Vaccination in Bombay 1874-1876 - 1874-1876
Year: 1874
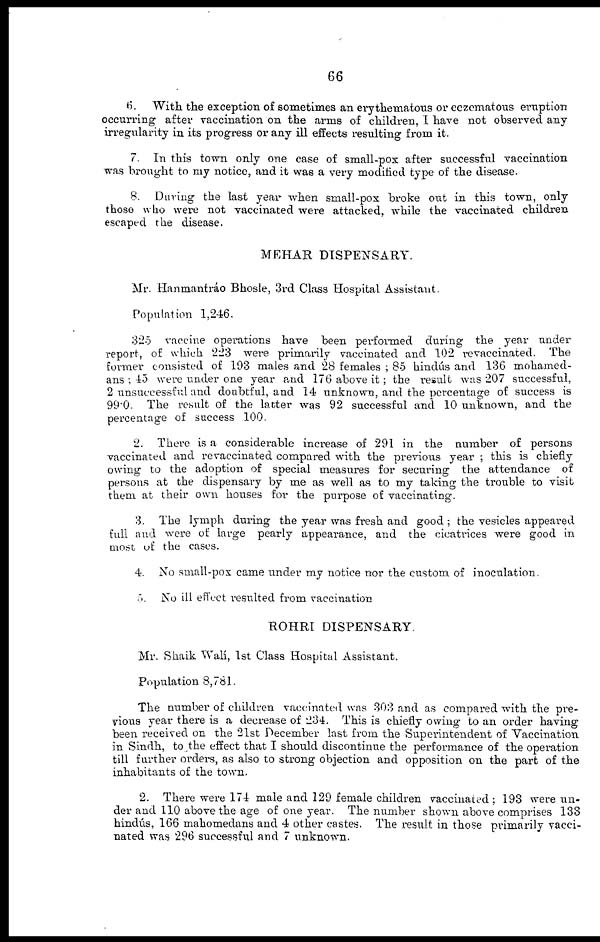
66
6. With the exception of sometimes an erythematous or eczematous eruption
occurring after vaccination on the arms of children, I have not observed any
irregularity in its progress or any ill effects resulting from it.
7. In this town only one case of small-pox after successful vaccination
was brought to my notice, and it was a very modified type of the disease.
8. During the last year when small-pox broke out in this town, only
those who were not vaccinated were attacked, while the vaccinated children
escaped the disease.
MEHAR DISPENSARY.
Mr. Hanmantráo Bhosle, 3rd Class Hospital Assistant.
Population 1,246.
325 vaccine operations have been performed during the year under
report, of which 223 were primarily vaccinated and 102 revaccinated. The
former consisted of 193 males and 28 females ; 85 hindús and 136 mohamed-
ans ; 45 were under one year and 176 above it; the result was 207 successful,
2 unsuccessful and doubtful, and 14 unknown, and the percentage of success is
990. The result of the latter was 92 successful and 10 unknown, and the
percentage of success 100.
2. There is a considerable increase of 291 in the number of persons
vaccinated and revaccinated compared with the previous year ; this is chiefly
owing to the adoption of special measures for securing the attendance of
persons at the dispensary by me as well as to my taking the trouble to visit
them at their own houses for the purpose of vaccinating.
3. The lymph during the year was fresh and good ; the vesicles appeared
full and were of large pearly appearance, and the cicatrices were good in
most of the cases.
4. No small-pox came under my notice nor the custom of inoculation.
5. No ill effect resulted from vaccination
ROHRI DISPENSARY.
Mr. Shaik Walí, 1st Class Hospital Assistant.
Population 8,781.
The number of children vaccinated was 303 and as compared with the pre-
vious year there is a decrease of 234. This is chiefly owing to an order having
been received on the 21st December last from the Superintendent of Vaccination
in Sindh, to the effect that I should discontinue the performance of the operation
till further orders, as also to strong objection and opposition on the part of the
inhabitants of the town.
2. There were 174 male and 129 female children vaccinated; 193 were un-
der and 110 above the age of one year. The number shown above comprises 133
hindús, 166 mahomedans and 4 other castes. The result in those primarily vacci-
nated was 296 successful and 7 unknown.